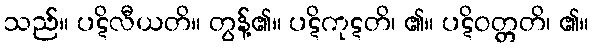
သည်။ ပဋိလီယတိ။ တွန့်၏။ ပဋိကုဋတိ၊ ၏။ ပဋိဝတ္တတိ၊ ၏။